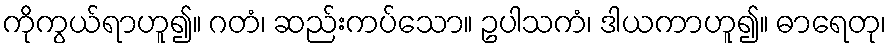
ကိုကွယ်ရာဟူ၍။ ဂတံ၊ ဆည်းကပ်သော။ ဥပါသကံ၊ ဒါယကာဟူ၍။ ဓာရေတု၊